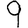
Digit: 9